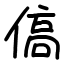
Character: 傐